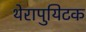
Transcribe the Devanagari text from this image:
थेरापुयिटक